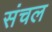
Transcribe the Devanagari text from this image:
संचल